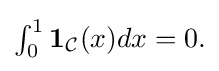
{\textstyle \int _{0}^{1}\mathbf {1} _{\mathcal {C}}(x)dx=0.}